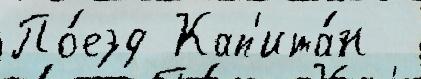
По́езд Кап'ита́н